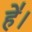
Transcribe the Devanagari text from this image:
हे॑।